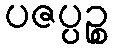
ပဇပ္ပဉ္စ